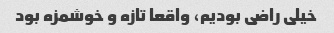
خیلی راضی بودیم، واقعا تازه و خوشمزه بود